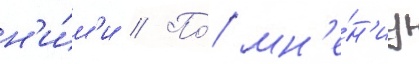
н'и́м'и // По́ мн'е́н'иу